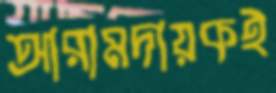
আরামদায়কই